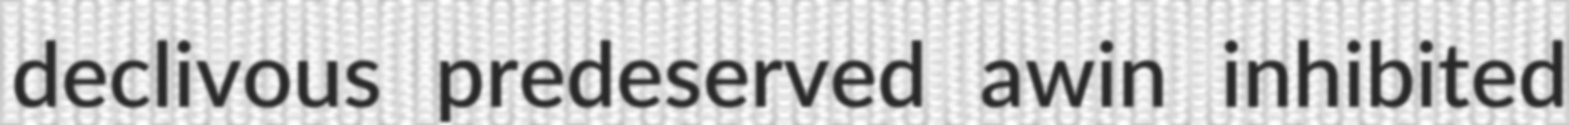
declivous predeserved awin inhibited